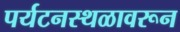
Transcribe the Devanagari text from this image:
पर्यटनस्थळावरून